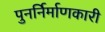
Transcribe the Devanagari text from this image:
पुनर्निर्माणकारी